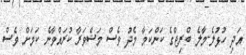
އަދި ހުޅުލެ-މާލެ ބްރިޖްގެ ކަންކަމާ މެދު ވެސް މަޝްވަރާ ކުރައްވާނެ ކަމަށް ވެސް